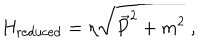
H _ { \mathrm { r e d u c e d } } = \eta \sqrt { \vec { P } ^ { 2 } + m ^ { 2 } } \ ,